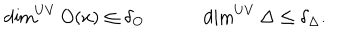
\dim ^ { U V } O ( x ) \leq \delta _ { O } \qquad \quad \dim ^ { U V } \Delta \leq \delta _ { \Delta } .